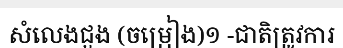
សំលេងជួង (ចម្រៀង)១ -ជាតិត្រូវការ